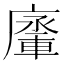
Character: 𨍗